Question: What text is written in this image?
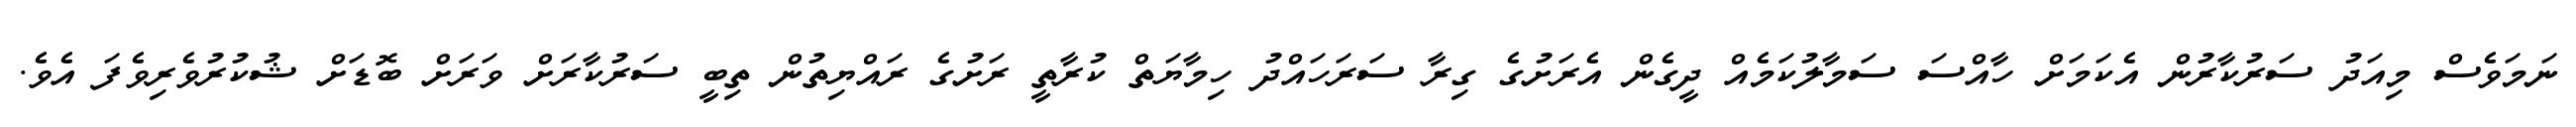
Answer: ނަމަވެސް މިއަދު ސަރުކާރުން އެކަމަށް ހާއްސަ ސަމާލުކަމެއް ދީގެން އެރަށުގެ ގިރާ ސަރަހައްދު ހިމާޔަތް ކުރާތީ ރަށުގެ ރައްޔިތުން ތިބީ ސަރުކާރަށް ވަރަށް ބޮޑަށް ޝުކުރުވެރިވެފަ އެވެ.